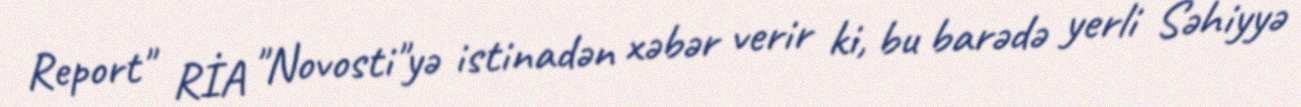
Report" RİA "Novosti"yə istinadən xəbər verir ki, bu barədə yerli Səhiyyə